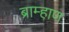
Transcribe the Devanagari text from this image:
ब्राम्हाण